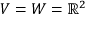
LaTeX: V = W = \mathbb { R } ^ { 2 }